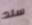
سند